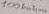
Text: 100kohm